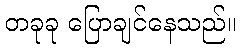
တခုခု ပြောချင်နေသည်။